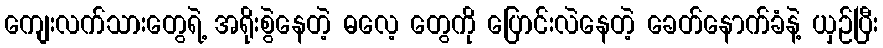
ကျေးလက်သားတွေရဲ့ အရိုးစွဲနေတဲ့ ဓလေ့ တွေကို ပြောင်းလဲနေတဲ့ ခေတ်နောက်ခံနဲ့ ယှဉ်ပြီး